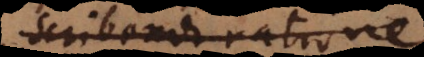
scribendi ratione